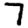
Digit: 7